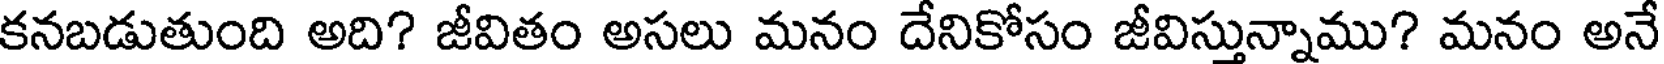
కనబడుతుంది అది? జీవితం అసలు మనం దేనికోసం జీవిస్తున్నాము? మనం అనే